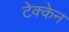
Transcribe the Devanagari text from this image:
टेक्केन